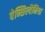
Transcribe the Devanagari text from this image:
पेन्सिल्वैनिया